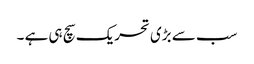
سب سے بڑی تحریک سچ ہی ہے ۔